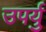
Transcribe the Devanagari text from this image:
उपर्यु